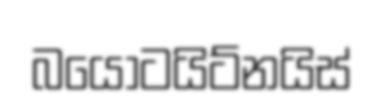
බයෝටයිට්නයිස්